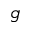
\mathfrak { g }